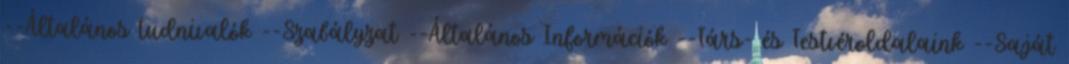
--Általános tudnivalók --Szabályzat --Általános Információk --Társ- és Testvéroldalaink --Saját